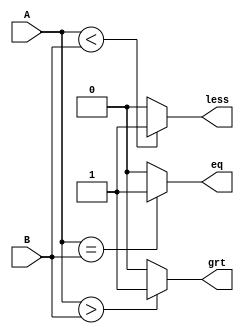
module comparator(
	input [3:0]A,B,
	output reg grt,less,eq
);

always @(*) begin 

	grt = 0;
	less = 0;
	eq = 0;
	
	if(A > B)
		grt = 1'b1;
	if(A < B)
		less = 1'b1;
	if(A == B)
		eq = 1'b1;
end 
endmodule